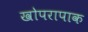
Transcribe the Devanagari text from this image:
खोपरापाक